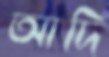
আদি